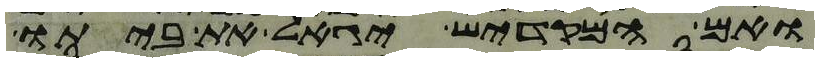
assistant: ואם המקדיש יגאל את ביתו